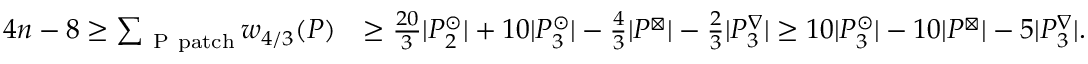
\begin{array} { r l } { 4 n - 8 \geq \sum _ { \mathrm { ~ P ~ p a t c h } } w _ { 4 / 3 } ( P ) } & { \geq \frac { 2 0 } { 3 } | { \ensuremath { \cal P } } _ { 2 } ^ { \odot } | + 1 0 | { \ensuremath { \cal P } } _ { 3 } ^ { \odot } | - \frac { 4 } { 3 } | { \ensuremath { \cal P } } ^ { \boxtimes } | - \frac { 2 } { 3 } | { \ensuremath { \cal P } } _ { 3 } ^ { \nabla } | \geq 1 0 | { \ensuremath { \cal P } } _ { 3 } ^ { \odot } | - 1 0 | { \ensuremath { \cal P } } ^ { \boxtimes } | - 5 | { \ensuremath { \cal P } } _ { 3 } ^ { \nabla } | . } \end{array}